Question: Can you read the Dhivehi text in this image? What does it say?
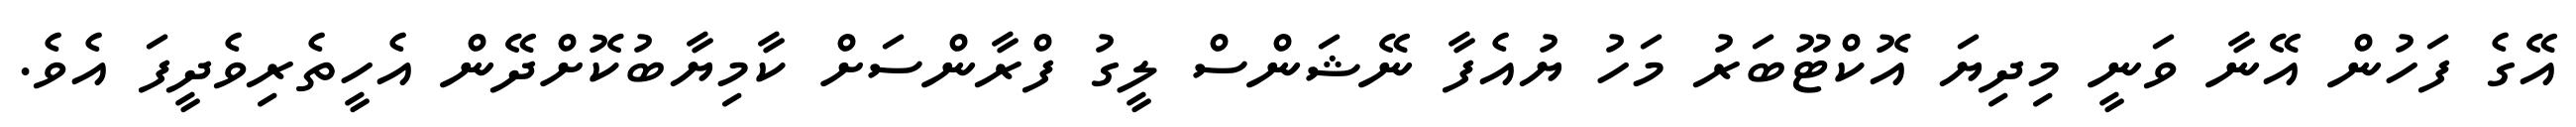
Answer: އޭގެ ފަހުން އޭނާ ވަނީ މިދިޔަ އޮކްޓޫބަރު މަހު ޔުއެފާ ނޭޝަންސް ލީގު ފްރާންސަށް ކާމިޔާބުކޮށްދޭން އެހީތެރިވެދީފަ އެވެ.